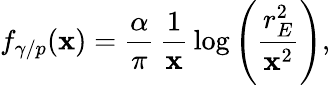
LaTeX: f_{\gamma/p}(\mathbf{x})=\frac{{\alpha}}{{\pi}}\, \frac{{1}}{{\mathbf{x}}}\, \mathrm{{log}}\left(\frac{{r_{E}^{2}}}{{\mathbf{x}^{2}}}\right),